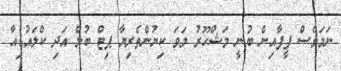
ނަމަވެސް ފީފާއިން ބުނީ މަޝްހޫރު ލަވަ ކިޔުންތެރިޔާ ޕިޓް ބުލް އަދި ކްލައުޑިއާ